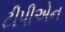
ટીપીએન